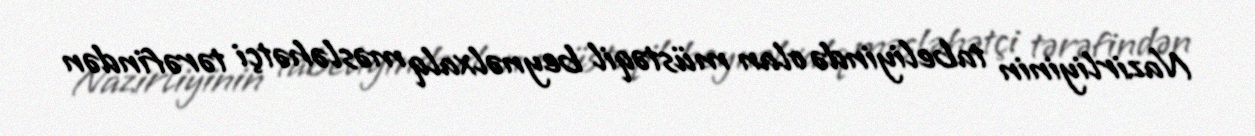
Nazirliyinin tabeliyində olan müstəqil beynəlxalq məsləhətçi tərəfindən